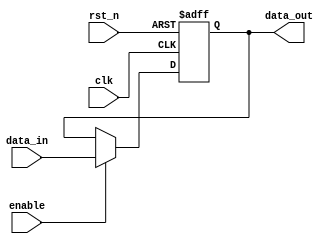
module ParameterizedRegister #(
    parameter WIDTH = 8  // Parameterized width of the register
)(
    input wire clk,       // Clock signal
    input wire rst_n,     // Active low asynchronous reset
    input wire enable,     // Enable signal
    input wire [WIDTH-1:0] data_in,  // Data input
    output reg [WIDTH-1:0] data_out   // Data output
);

    // Always block for synchronous operation
    always @(posedge clk or negedge rst_n) begin
        if (!rst_n) begin
            // Asynchronous reset
            data_out <= {WIDTH{1'b0}};  // Initialize to zero
        end else if (enable) begin
            // Update register on clock edge if enabled
            data_out <= data_in;
        end
        // If not enabled, retain previous value
    end

endmodule